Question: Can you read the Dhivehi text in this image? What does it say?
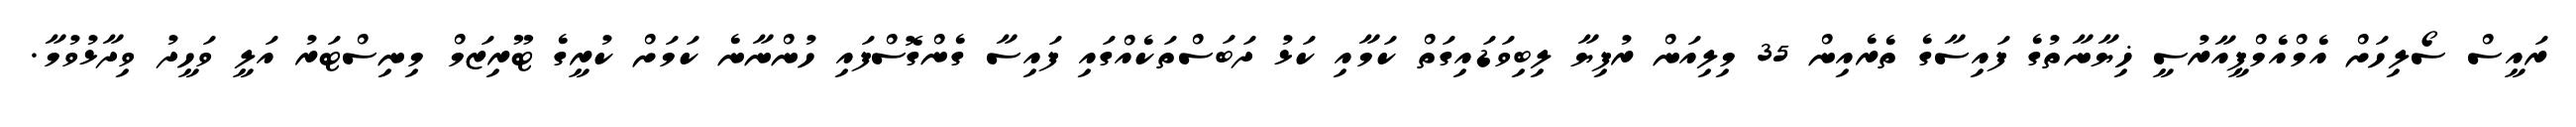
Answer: ރައީސް ސޯލިހަށް އެމްއެމްޕީއާރުސީ ޚިޔާނާތުގެ ފައިސާގެ ތެރެއިން 35 މިލިއަން ރުފިޔާ ލިބިވަޑައިގަތް ކަމާއި ކަޅު ދަބަސްތަކެއްގައި ފައިސާ ގެންގޮސްފައި ހުންނާނެ ކަމަށް ކުރީގެ ޓޫރިޒަމް މިނިސްޓަރު އަލީ ވަހީދު ވިދާޅުވުމާ.